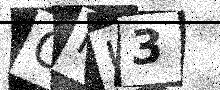
Text: GNU3